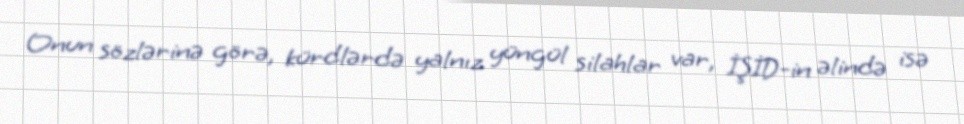
Onun sözlərinə görə, kürdlərdə yalnız yüngül silahlar var, İŞİD-in əlində isə